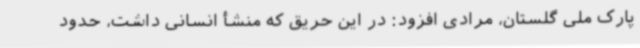
پارک ملی گلستان، مرادی افزود: در این حریق که منشأ انسانی داشت، حدود